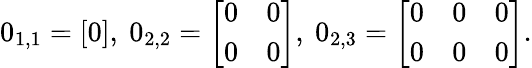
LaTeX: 0_{1,1}={\left[\begin{array}{l}{0}\end{array}\right]},\ 0_{2,2}={\left[\begin{array}{ll}{0}&{0}\\ {0}&{0}\end{array}\right]},\ 0_{2,3}={\left[\begin{array}{lll}{0}&{0}&{0}\\ {0}&{0}&{0}\end{array}\right]}.